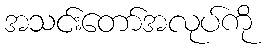
အသင်းတော်အလုပ်ကို